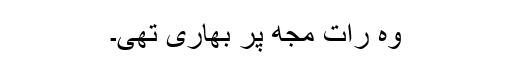
وہ رات مجھ پر بھاری تھی۔